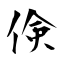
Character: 倹